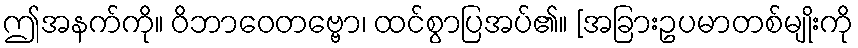
ဤအနက်ကို။ ဝိဘာဝေတဗ္ဗော၊ ထင်စွာပြအပ်၏။ [အခြားဥပမာတစ်မျိုးကို